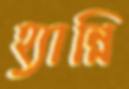
হ্যান্নি